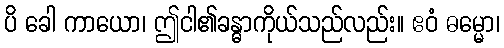
ပိ ခေါ ကာယော၊ ဤငါ၏ခန္ဓာကိုယ်သည်လည်း။ ဧဝံ ဓမ္မော၊